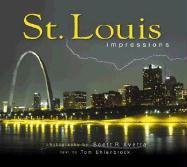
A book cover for St. Louis Impressions; photography by Scott R. Avetta; Travel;